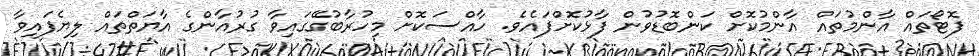
ފޮޓޯތައް އާންމުތައް އާންމުކޮށް ކަންބޮޑުވުން ފާޅުކޮށްފައެވެ. ހާއްސަކޮށް މިހުރާބުގޭގައިވާ ގުރުއާންގެ އާޔަތްތައް ލިޔެފައިވާ